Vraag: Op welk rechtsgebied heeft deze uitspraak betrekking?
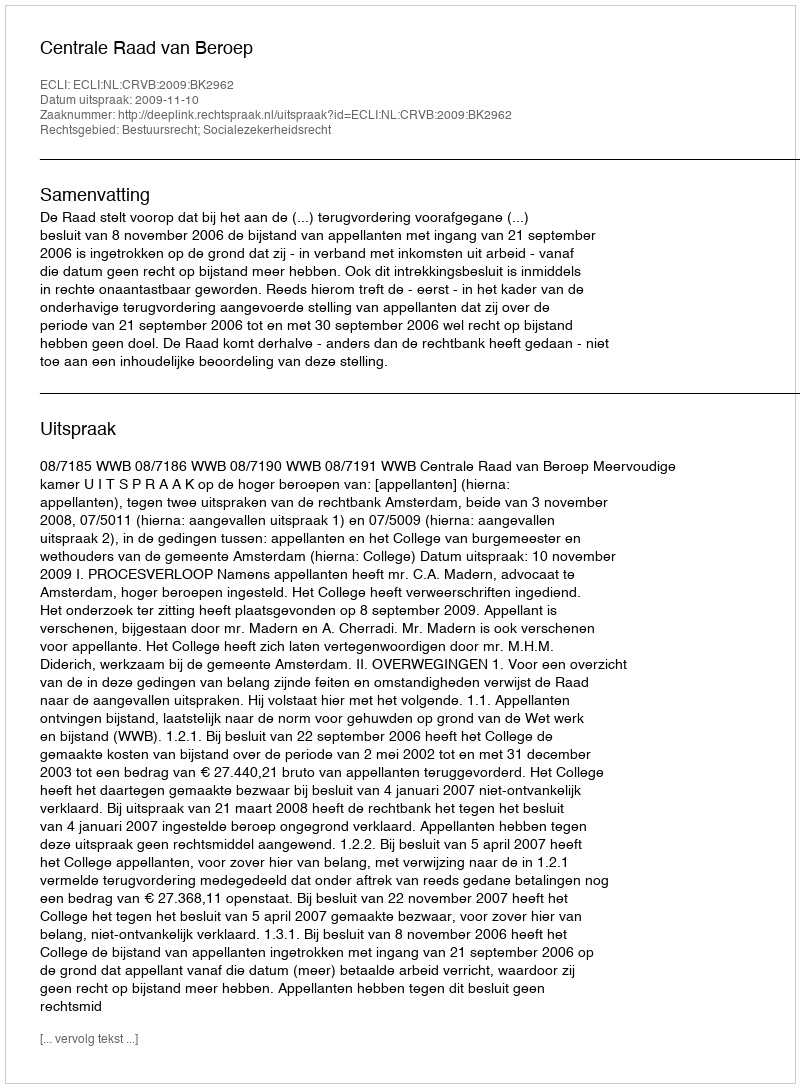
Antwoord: Bestuursrecht; Socialezekerheidsrecht